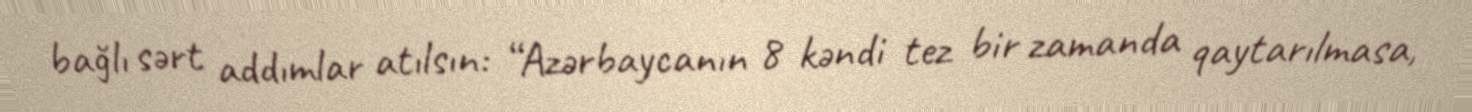
bağlı sərt addımlar atılsın: “Azərbaycanın 8 kəndi tez bir zamanda qaytarılmasa,